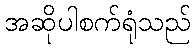
အဆိုပါစက်ရုံသည်